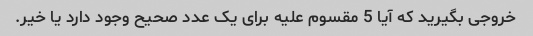
خروجی بگیرید که آیا 5 مقسوم علیه برای یک عدد صحیح وجود دارد یا خیر.